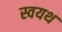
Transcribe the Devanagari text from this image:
स्वयथ